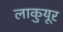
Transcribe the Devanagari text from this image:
लाकुयूर